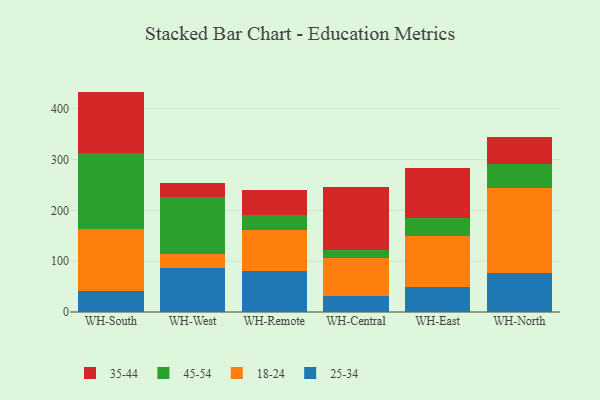
{"axis": {"x": "Warehouse", "y": "Tickets Resolved"}, "legend": ["18-24", "25-34", "35-44", "45-54"], "data": [{"x": "WH-South", "y": 42.0, "type": "25-34"}, {"x": "WH-South", "y": 120.4, "type": "18-24"}, {"x": "WH-South", "y": 150.7, "type": "45-54"}, {"x": "WH-South", "y": 120.6, "type": "35-44"}, {"x": "WH-West", "y": 86.5, "type": "25-34"}, {"x": "WH-West", "y": 28.3, "type": "18-24"}, {"x": "WH-West", "y": 111.2, "type": "45-54"}, {"x": "WH-West", "y": 28.8, "type": "35-44"}, {"x": "WH-Remote", "y": 79.8, "type": "25-34"}, {"x": "WH-Remote", "y": 81.9, "type": "18-24"}, {"x": "WH-Remote", "y": 28.3, "type": "45-54"}, {"x": "WH-Remote", "y": 49.2, "type": "35-44"}, {"x": "WH-Central", "y": 32.4, "type": "25-34"}, {"x": "WH-Central", "y": 74.4, "type": "18-24"}, {"x": "WH-Central", "y": 14.6, "type": "45-54"}, {"x": "WH-Central", "y": 124.0, "type": "35-44"}, {"x": "WH-East", "y": 49.7, "type": "25-34"}, {"x": "WH-East", "y": 99.8, "type": "18-24"}, {"x": "WH-East", "y": 34.9, "type": "45-54"}, {"x": "WH-East", "y": 99.6, "type": "35-44"}, {"x": "WH-North", "y": 76.3, "type": "25-34"}, {"x": "WH-North", "y": 168.4, "type": "18-24"}, {"x": "WH-North", "y": 47.1, "type": "45-54"}, {"x": "WH-North", "y": 53.2, "type": "35-44"}]}